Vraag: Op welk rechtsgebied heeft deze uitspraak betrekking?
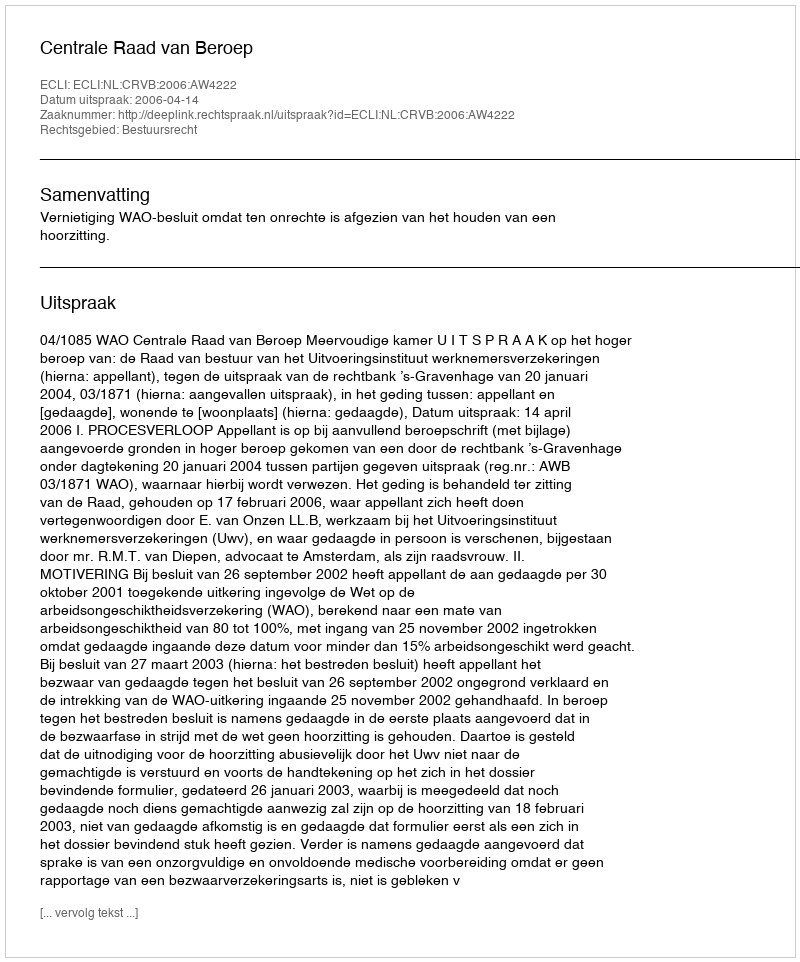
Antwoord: Bestuursrecht